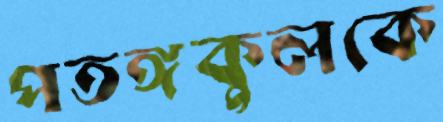
পতঙ্গকুলকে